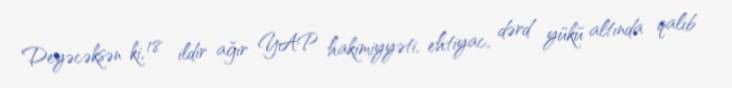
Deyəcəksən ki, 18 ildir ağır YAP hakimiyyəti, ehtiyac, dərd yükü altında qalıb